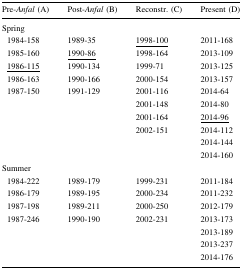
<table><thead><tr><td><b>Pre-<i>Anfal</i> (A)</b></td><td><b>Post-<i>Anfal</i> (B)</b></td><td><b>Reconstr. (C)</b></td><td><b>Present (D)</b></td></tr></thead><tbody><tr><td colspan="4">Spring</td></tr><tr><td> 1984-158</td><td>1989-35</td><td><underline>1998-100</underline></td><td>2011-168</td></tr><tr><td> 1985-160</td><td><underline>1990-86</underline></td><td>1998-164</td><td>2013-109</td></tr><tr><td> <underline>1986-115</underline></td><td>1990-134</td><td>1999-71</td><td>2013-125</td></tr><tr><td> 1986-163</td><td>1990-166</td><td>2000-154</td><td>2013-157</td></tr><tr><td rowspan="6"> 1987-150</td><td rowspan="6">1991-129</td><td>2001-116</td><td>2014-64</td></tr><tr><td>2001-148</td><td>2014-80</td></tr><tr><td>2001-164</td><td><underline>2014-96</underline></td></tr><tr><td rowspan="3">2002-151</td><td>2014-112</td></tr><tr><td>2014-144</td></tr><tr><td>2014-160</td></tr><tr><td colspan="4">Summer</td></tr><tr><td> 1984-222</td><td>1989-179</td><td>1999-231</td><td>2011-184</td></tr><tr><td> 1986-179</td><td>1989-195</td><td>2000-234</td><td>2011-232</td></tr><tr><td> 1987-198</td><td>1989-211</td><td>2000-250</td><td>2012-179</td></tr><tr><td rowspan="4"> 1987-246</td><td rowspan="4">1990-190</td><td rowspan="4">2002-231</td><td>2013-173</td></tr><tr><td>2013-189</td></tr><tr><td>2013-237</td></tr><tr><td>2014-176</td></tr></tbody></table>